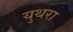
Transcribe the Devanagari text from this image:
युथरा